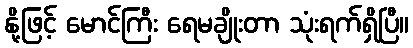
နို့ဖြင့် မောင်ကြီး ရေမချိုးတာ သုံးရက်ရှိပြီ။